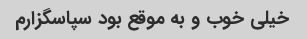
خیلی خوب و به موقع بود سپاسگزارم